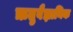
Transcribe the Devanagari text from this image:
ऋतुवैज्ञानिक